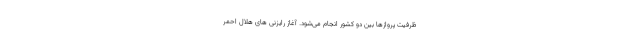
ظرفیت پروازها بین دو کشور انجام می‌شود. آغاز رایزنی ‌های هلال ‌احمر